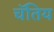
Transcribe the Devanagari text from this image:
चॅतिय